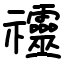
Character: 䄥